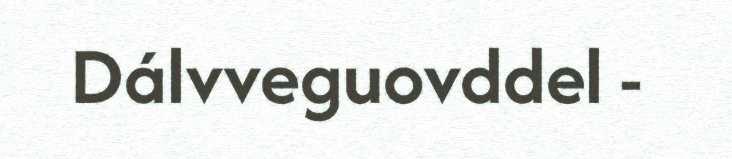
Dálvveguovddel -